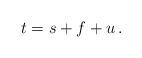
LaTeX: \begin{align*}t=s+f+u \,.\end{align*}